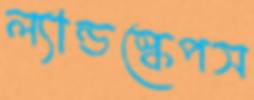
ল্যান্ডস্কেপস